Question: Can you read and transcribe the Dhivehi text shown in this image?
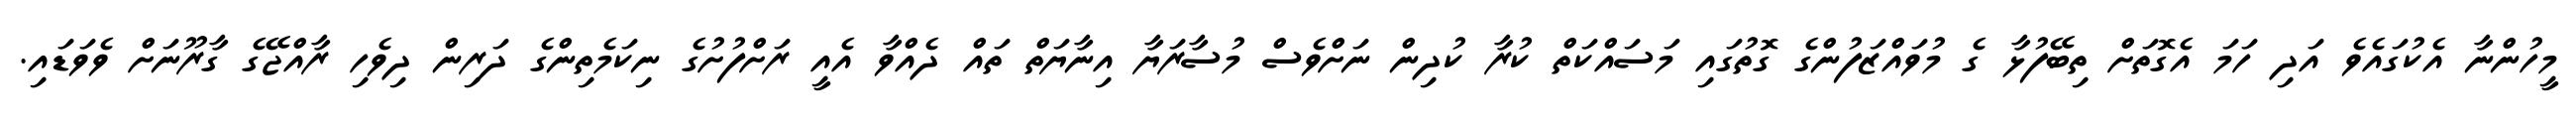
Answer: މީހުންނާ އެކުގައެވެ އަދި ހަމަ އެގޮތަށް ތިބޭފުޅާ ގެ މުވައްޒަފުންގެ ގޮތުގައި މަސައްކަތް ކުރާ ކުދިން ނަށްވެސް މުސާރަޔާ އިނާޔަތް ތައް ދެއްވާ އެއީ ރަށްފުށުގެ ނިކަމެތިންގެ ދަރިން ދިވެހި ރާއްޖޭގެ ގާރޫނަށް ވެވަޑައި.